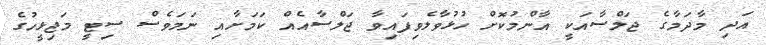
އަދި މާދަމާގެ ޖަލްސާއަކީ އާންމުކޮށް ހުޅުވާލެވިފައިވާ ޖަލްސާއެއް ކަމަށާއި ނަމަވެސް ސިޓީ މަޖިޅީހުގެ